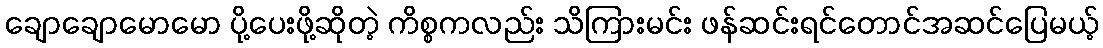
ချောချောမောမော ပို့ပေးဖို့ဆိုတဲ့ ကိစ္စကလည်း သိကြားမင်း ဖန်ဆင်းရင်တောင်အဆင်ပြေမယ့်